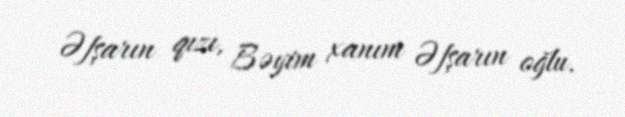
Əfşarın qızı, Bəyim xanım Əfşarın oğlu.